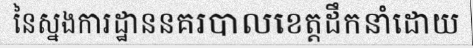
នៃស្នងការដ្ឋាននគរបាលខេត្តដឹកនាំដោយ